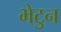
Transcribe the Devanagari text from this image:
भेटुन